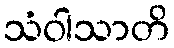
သံဝါသာတိ